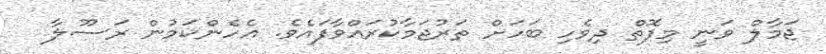
ޖަމާލް ވަނީ މިފޮތް ދިވެހި ބަހަށް ތަރުޖަމާކުރައްވާފައެވެ. އެހެންކަމުން ރަސޫލާ